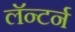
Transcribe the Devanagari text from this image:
लॅन्टर्न